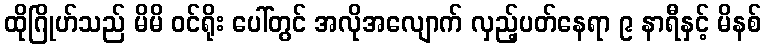
ထိုဂြိုဟ်သည် မိမိ ဝင်ရိုး ပေါ်တွင် အလိုအလျောက် လှည့်ပတ်နေရာ ၉ နာရီနှင့် မိနစ်